Indian journal of veterinary science and animal husbandry - Volume 10,
Year: 1940
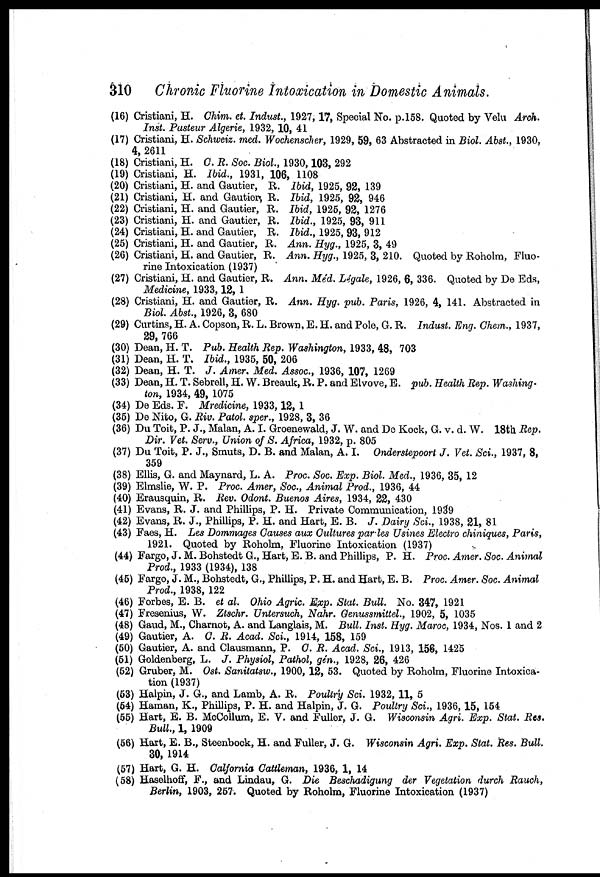
310 Chronic Fluorine Intoxication in Domestic Animals.
(16) Cristiani, H. Chim. et. Indust., 1927, 17, Special No. p.158. Quoted by Velu Arch.
Inst. Pasteur Algerie, 1932, 10, 41
(17) Cristiani, H. Schweiz. med. Wochenscher, 1929, 59, 63 Abstracted in Biol. Abst., 1930,
4, 2611
(18) Cristiani, H. C. R. Soc. Biol, 1930, 103, 292
(19) Cristiani, H. Ibid., 1931, 106, 1108
(20) Cristiani, H. and Gautier, R. Ibid, 1925, 92, 139
(21) Cristiani, H. and Gautier, R. Ibid, 1925, 92, 946
(22) Cristiani, H. and Gautier, R. Ibid, 1925, 92, 1276
(23) Cristiani, H. and Gautier, R. Ibid., 1925, 93, 911
(24) Cristiani, H. and Gautier, R. Ibid., 1925, 93, 912
(25) Cristiani, H. and Gautier, R. Ann. Hyg., 1925, 3, 49
(26) Cristiani, H. and Gautier, R. Ann. Hyg., 1925, 3, 210. Quoted by Roholm, Fluo-
rine Intoxication (1937)
(27) Cristiani, H. and Gautier, R. Ann. Méd. Légale, 1926, 6, 336. Quoted by De Eds,
Medicine, 1933, 12, 1
(28) Cristiani, H. and Gautier, R. Ann. Hyg. pub. Paris, 1926, 4, 141. Abstracted in
Biol. Abst., 1926, 3, 680
(29) Curtins, H. A. Copson, R. L. Brown, E. H. and Pole, G. R. Indust. Eng. Chem., 1937,
29, 766
(30) Dean, H. T. Pub. Health Rep. Washington, 1933, 48, 703
(31) Dean, H. T. Ibid., 1935, 50, 206
(32) Dean, H. T. J. Amer. Med. Assoc., 1936, 107, 1269
(33) Dean, H. T. Sebrell, H. W. Breauk, R. P. and Elvove, E. pub. Health Rep. Washing-
ton, 1934, 49, 1075
(34) De Eds. F. Mredicine, 1933, 12, 1
(35) De Nito, G. Riv. Patol. sper., 1928, 3, 36
(36) Du Toit, P. J., Malan, A. I. Groenewald, J. W. and De Kock, G. v. d. W. 18th Rep.
Dir. Vet. Serv., Union of S. Africa, 1932, p. 805
(37) Du Toit, P. J., Smuts, D. B. and Malan, A. I. Onderstepoort J. Vet. Sci., 1937, 8,
359
(38) Ellis, G. and Maynard, L. A. Proc. Soc. Exp. Biol. Med., 1936, 35, 12
(39) Elmslie, W. P. Proc. Amer, Soc., Animal Prod., 1936, 44
(40) Erausquin, R. Rev. Odont. Buenos Aires, 1934, 22, 430
(41) Evans, R. J. and Phillips, P. H. Private Communication, 1939
(42) Evans, R. J., Phillips, P. H. and Hart, E. B. J. Dairy Sci., 1938, 21, 81
(43) Faes, H. Les Dommages Causes aux Cultures parles Usines Electro chiniques, Paris,
1921. Quoted by Roholm, Fluorine Intoxication (1937)
(44) Fargo, J. M. Bohstedt G., Hart, E. B. and Phillips, P. H. Proc. Amer. Soc Animal
Prod., 1933 (1934), 138
(45) Fargo, J. M., Bohstedt, G., Phillips, P. H. and Hart, E. B. Proc. Amer. Soc Animal
Prod., 1938, 122
(46) Forbes, E. B. et al. Ohio Agric. Exp. Stat. Bull. No. 347, 1921
(47) Fresenius, W. Ztschr. Untersuch, Nahr. Genussmittel., 1902, 5, 1035
(48) Gaud, M., Charnot, A. and Langlais, M. Bull. Inst. Hyg. Maroc, 1934, Nos. 1 and 2
(49) Gautier, A. C. R. Acad. Sci., 1914, 158, 159
(50) Gautier, A. and Clausmann, P. C. R. Acad. Sci., 1913, 156, 1425
(51) Goldenberg, L. J. Physiol, Pathol, gén., 1928, 26, 426
(52) Gruber, M. Ost. Sanitatsw., 1900, 12, 53. Quoted by Roholm, Fluorine Intoxica-
tion (1937)
(53) Halpin, J. G., and Lamb, A. R. Poultry Sci. 1932, 11, 5
(54) Haman, K., Phillips, P. H. and Halpin, J. G. Poultry Sci., 1936, 15, 154
(55) Hart, E. B. McCollum, E. V. and Fuller, J. G. Wisconsin Agri. Exp. Stat. Res.
Bull., 1, 1909
(56) Hart, E. B., Steenbock, H. and Fuller, J. G. Wisconsin Agri. Exp. Stat. Res. Bull.
30, 1914
(57) Hart, G. H. Calfornia Cattleman, 1936, 1, 14
(58) Haselhoff, F., and Lindau, G. Die Beschadigung der Vegetation durch Rauch,
Berlin, 1903, 257. Quoted by Roholm, Fluorine Intoxication (1937)